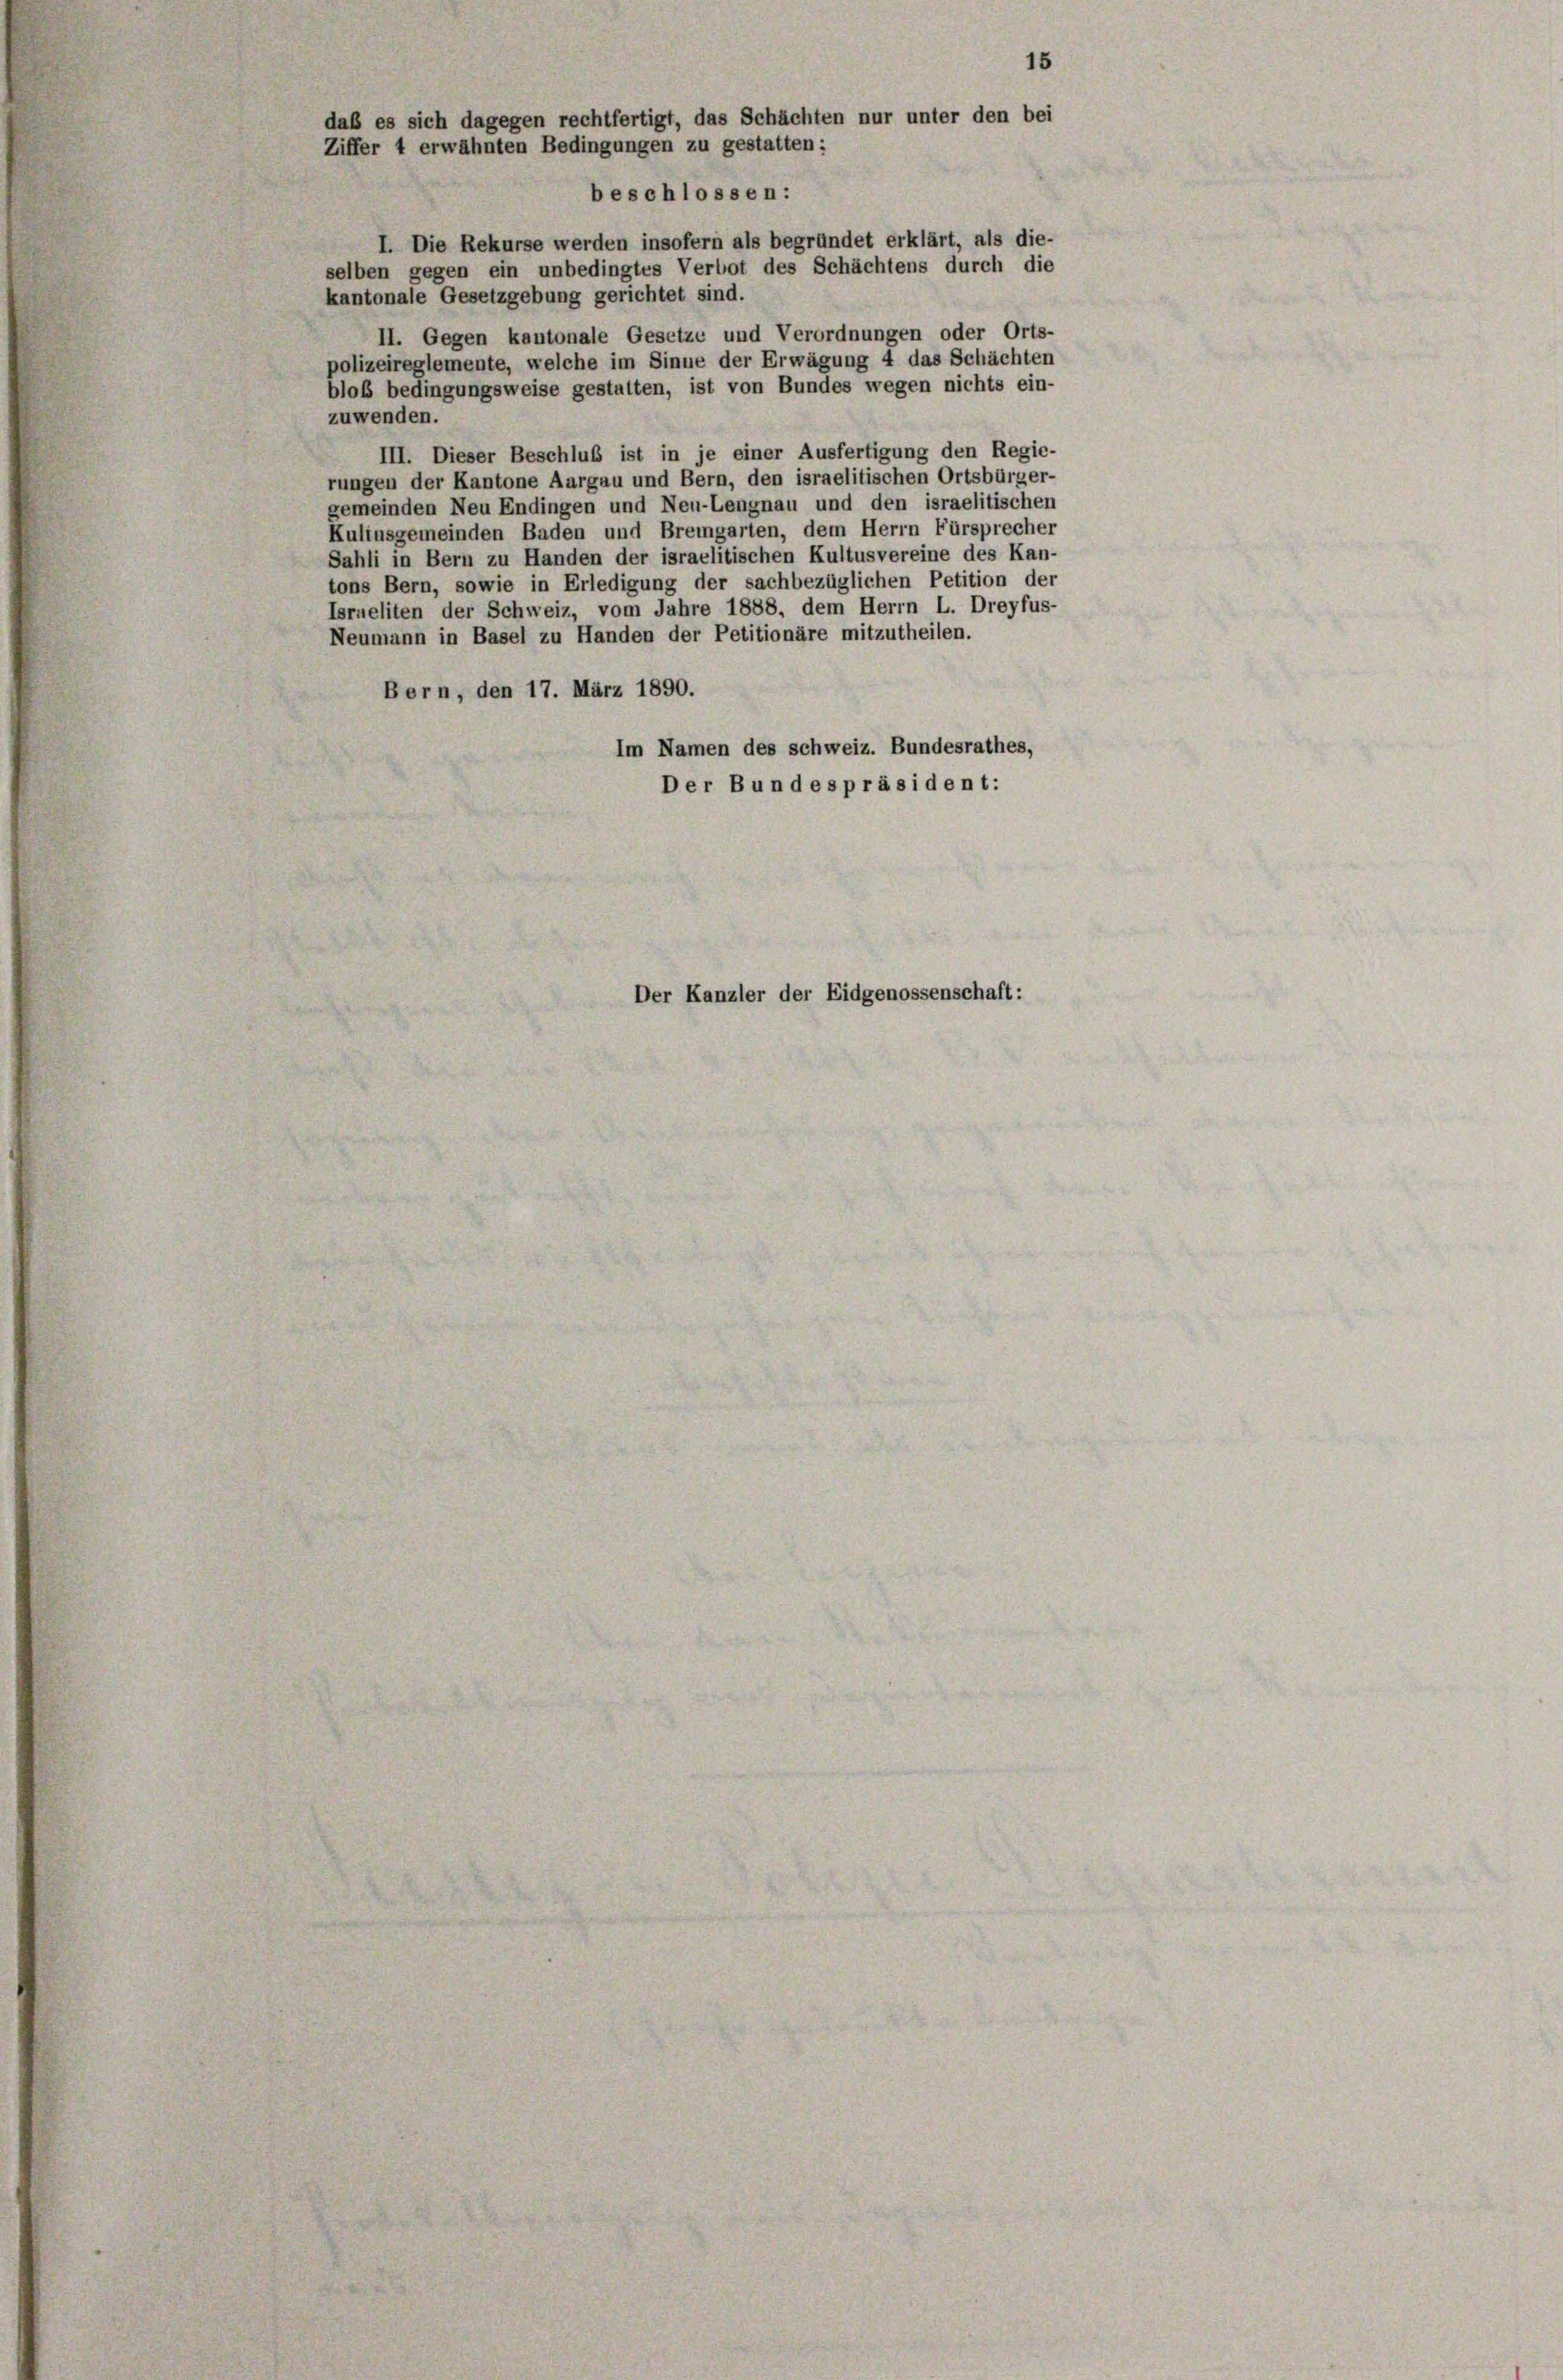
I. Die Rekurse werden insofern als begründet erklärt, als die-
selben gegen ein unbedingtes Verbot des Schächtens durch die
kantonale Gesetzgebung gerichtet sind.
II. Gegen kantonale Gesetze und Verordnungen oder Orts-
polizeireglemente, welche im Sinne der Erwägung 4 das Schächten
bloß bedingungsweise gestalten, ist von Bundes wegen nichts ein-
zuwenden.
III. Dieser Beschluß ist in je einer Ausfertigung den Regie-
rungen der Kantone Aargau und Bern, den israelitischen Ortsbürger-
gemeinden Neu Endingen und Neu-Lengnau und den israelitischen
Kuliusgemeinden Baden und Bremgarten, dem Herrn Fürsprecher
Sahli in Bern zu Handen der israelitischen Kultusvereine des Kan-
tons Bern, sowie in Erledigung der sachbezüglichen Petition der
Israeliten der Schweiz, vom Jahre 1888, dem Herrn L. Dreyfus-
Neumann in Basel zu Handen der Petitionäre mitzutheilen.
Bern, den 17. März 1890.
Im Namen des Schweiz. Bundesrathes,
Der Bundespräsident:
Der Kanzler der Eidgenossenschaft:

daß es sich dagegen rechtfertigt, das Schächten nur unter den bei
Ziffer 4 erwähnten Bedingungen zu gestatten:
beschlossen:

15